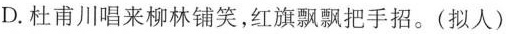
D.杜甫川唱来柳林铺笑，红旗飘飘把手招。(拟人)